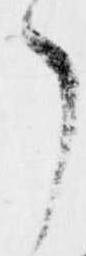
了